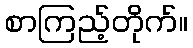
စာကြည့်တိုက်။